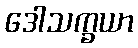
ဒေါသက္ခယာ